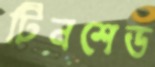
টিনশেড